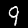
Label: 9